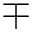
\mp